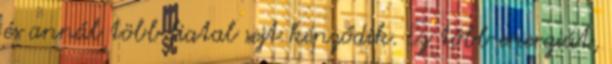
és annál több fiatal sejt képződik. Ez több energiát,